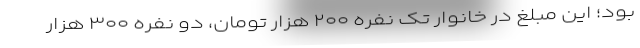
بود؛ این مبلغ در خانوار تک نفره ۲۰۰ هزار تومان، دو نفره ۳۰۰ هزار